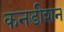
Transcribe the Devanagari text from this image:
कनडीशन